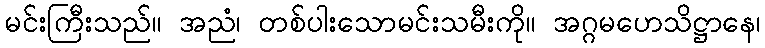
မင်းကြီးသည်။ အညံ၊ တစ်ပါးသောမင်းသမီးကို။ အဂ္ဂမဟေသိဋ္ဌာနေ၊